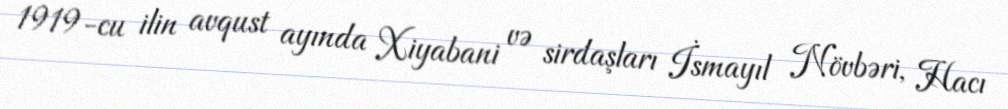
1919-cu ilin avqust ayında Xiyabani və sirdaşları İsmayıl Növbəri, Hacı